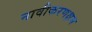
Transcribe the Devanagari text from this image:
नावीकरणक्षम